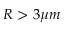
R > 3 \mu m